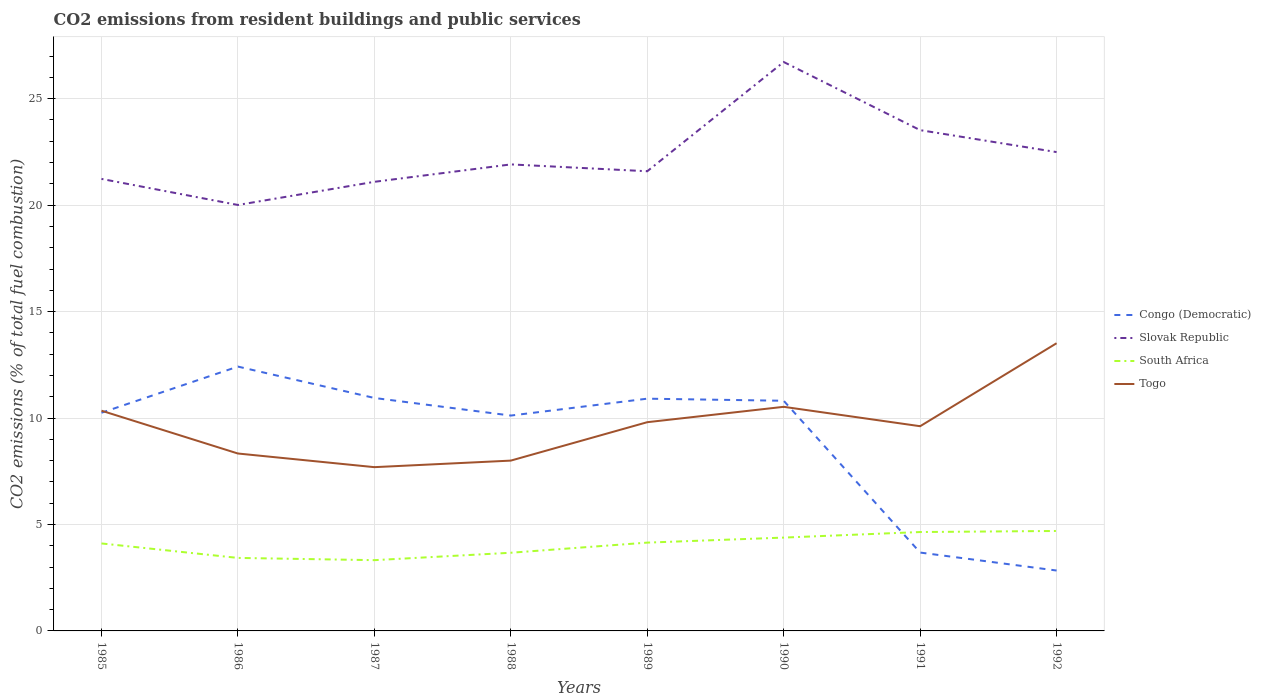
| Years | Congo (Democratic) | Slovak Republic | South Africa | Togo |
 | --- | --- | --- | --- | --- |
 | 1985 | 10.2 | 21.2 | 4.11 | 10.3 |
 | 1986 | 12.4 | 20 | 3.43 | 8.33 |
 | 1987 | 10.9 | 21.1 | 3.32 | 7.69 |
 | 1988 | 10.1 | 21.9 | 3.67 | 8 |
 | 1989 | 10.9 | 21.6 | 4.15 | 9.8 |
 | 1990 | 10.8 | 26.7 | 4.38 | 10.5 |
 | 1991 | 3.68 | 23.5 | 4.65 | 9.62 |
 | 1992 | 2.84 | 22.5 | 4.69 | 13.5 |